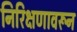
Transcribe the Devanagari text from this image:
निरिक्षणावरून